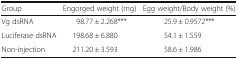
<table><thead><tr><td><b>Group</b></td><td><b>Engorged weight (mg)</b></td><td><b>Egg weight/Body weight (%)</b></td></tr></thead><tbody><tr><td>Vg dsRNA</td><td>98.77 ± 2.268***</td><td>25.9 ± 0.9572***</td></tr><tr><td>Luciferase dsRNA</td><td>198.68 ± 6.880</td><td>54.1 ± 1.559</td></tr><tr><td>Non-injection</td><td>211.20 ± 3.593</td><td>58.6 ± 1.986</td></tr></tbody></table>